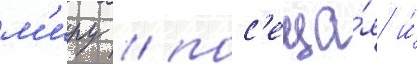
м'иру / пос'еща́я и́